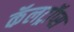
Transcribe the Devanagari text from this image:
कॅलट्रॉप्स